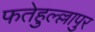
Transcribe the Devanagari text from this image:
फतेहुल्ल्लापुर